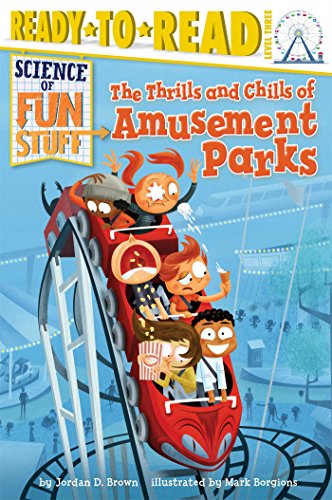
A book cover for The Thrills and Chills of Amusement Parks (Science of Fun Stuff); Jordan D. Brown; Children's Books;